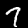
Digit: 7